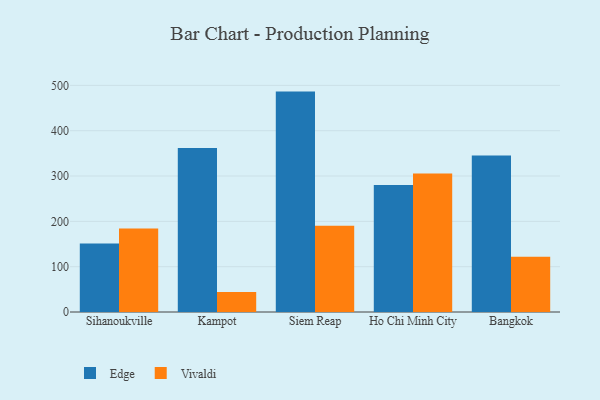
{"axis": {"x": "City", "y": "Inventory Turnover"}, "legend": ["Edge", "Vivaldi"], "data": [{"x": "Sihanoukville", "y": 151.3, "type": "Edge"}, {"x": "Sihanoukville", "y": 184.1, "type": "Vivaldi"}, {"x": "Kampot", "y": 362.0, "type": "Edge"}, {"x": "Kampot", "y": 44.1, "type": "Vivaldi"}, {"x": "Siem Reap", "y": 486.3, "type": "Edge"}, {"x": "Siem Reap", "y": 190.5, "type": "Vivaldi"}, {"x": "Ho Chi Minh City", "y": 280.3, "type": "Edge"}, {"x": "Ho Chi Minh City", "y": 305.4, "type": "Vivaldi"}, {"x": "Bangkok", "y": 345.2, "type": "Edge"}, {"x": "Bangkok", "y": 121.8, "type": "Vivaldi"}]}